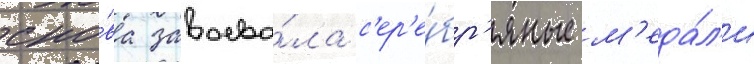
сно́ва завоева́ла с'ер'е́бр'яные м'еда́л'и